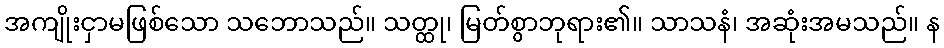
အကျိုးငှာမဖြစ်သော သဘောသည်။ သတ္ထု၊ မြတ်စွာဘုရား၏။ သာသနံ၊ အဆုံးအမသည်။ န